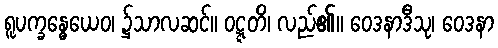
ရူပက္ခန္ဓေယေဝ၊ ၌သာလဆင်။ ဝဋ္ဋတိ၊ လည်၏။ ဝေဒနာဒီသု၊ ဝေဒနာ